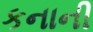
કનાની